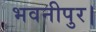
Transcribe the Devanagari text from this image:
भवनीपुर।